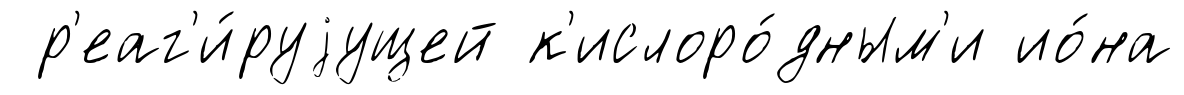
р'еаг'и́руjущей к'ислоро́дным'и ио́на